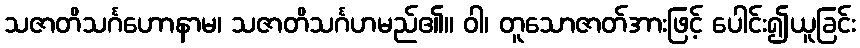
သဇာတိသင်္ဂဟောနာမ၊ သဇာတိသင်္ဂဟမည်၏။ ဝါ၊ တူသောဇာတ်အားဖြင့် ပေါင်း၍ယူခြင်း